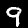
Label: 9